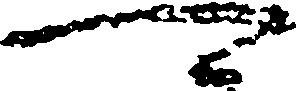
可